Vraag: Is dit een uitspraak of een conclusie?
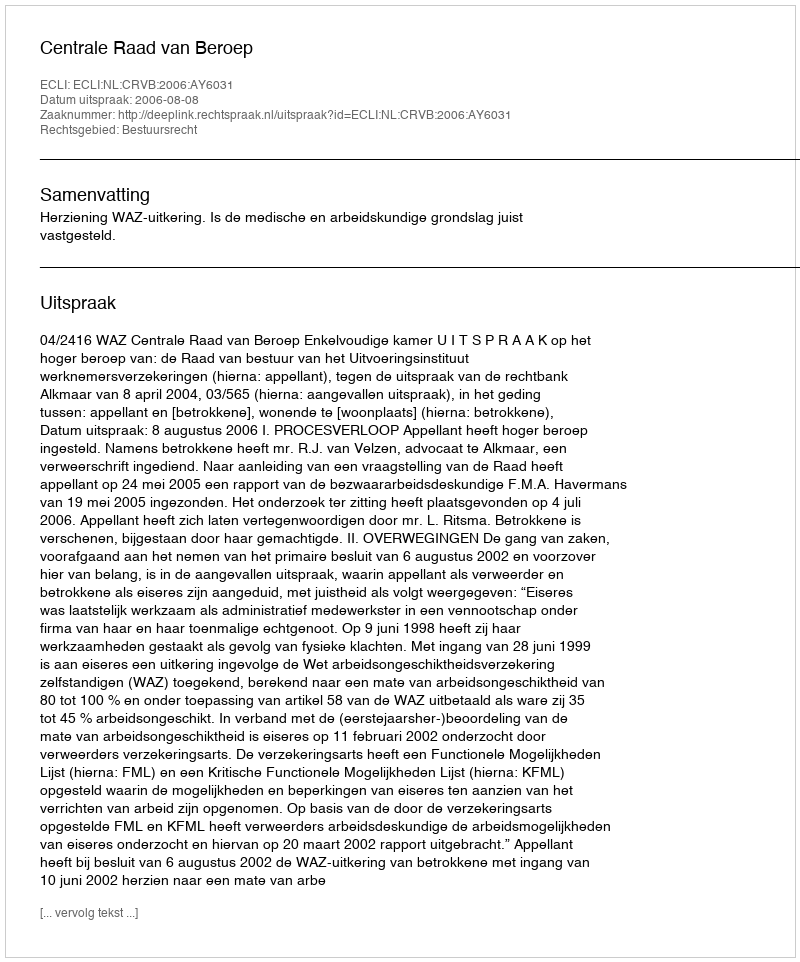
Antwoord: Uitspraak